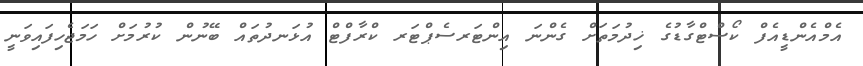
އެމްއެންޑީއެފް ކޯސްޓްގާޑުގެ ޚިދުމަތަށް ގެންނަ އިންޓަރސެޕްޓަރ ކްރާފްޓް އުޅަނދުތައް ބޭނުން ކުރުމަށް ހަމަޖެހިފައިވަނީ